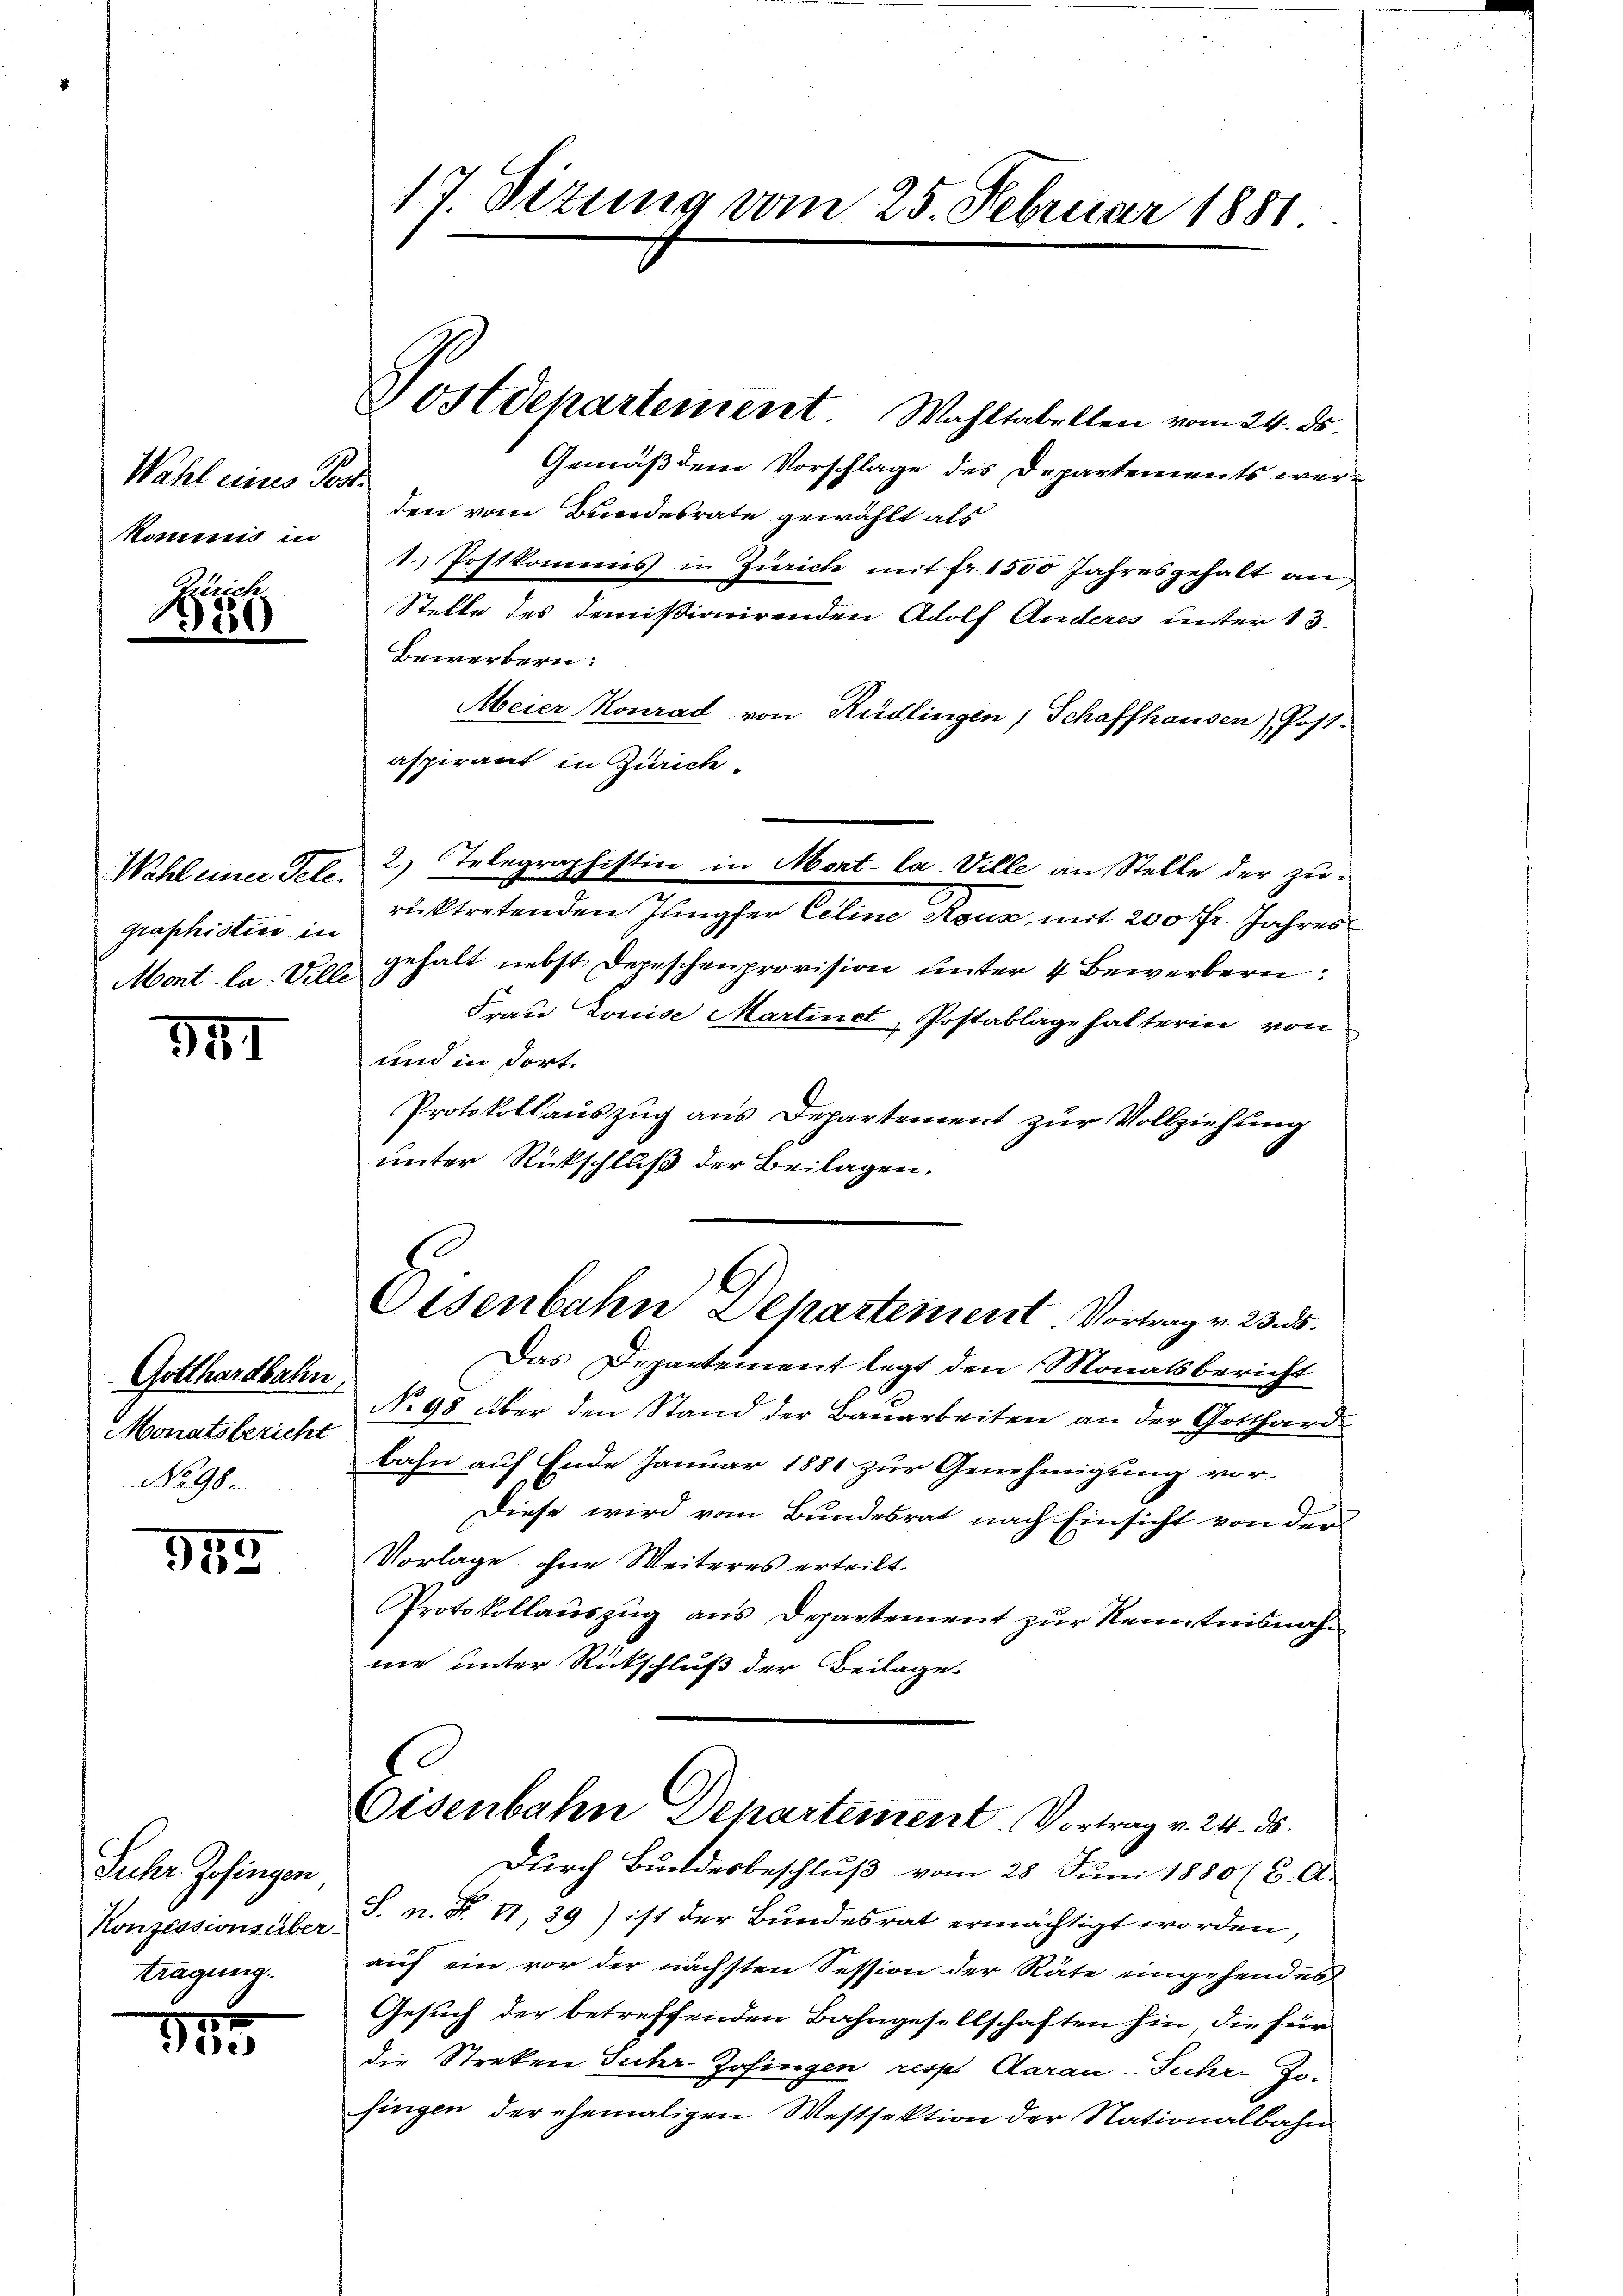
Wahl eines Post
kommnis in

Wehl einer Tele.
graphistice in
Mont la Ville

341

Gotthardbahn
Monatsbericht
No 98.

185

Juhr Zofingen
Konzessionsüber-
tragung.

145

17 Sizung vom 25. Februar 1881.

& Ostdepartement Wahltabellen vom 24. ds
Gemäß dem Vorschlage des Departements werden vom Bundesrate gewählt als
1. Postkommes in Zürich mit fr. 1500 Jahresgehalt an
Stelle des demissionirenden Adolf Anderes unter 13.
Bewerbern:
Meier Konrad von Rüdlingen, Schaffhausen), Post-
aspirant in Zürich.
rücktretenden Jungfer Celine Rous, mit 200 fr. Jahres
gehalt nebst Depeschenprovision unter 4 Bewerbern
Frau Louise Martinet, Postablage halterin von
und in dort.
Protokollauszug aus Departement zur Vollziehung
unter Rückschluß der Beilagen.
Osenbahn Departement Vortrag v. 23. d.
Das Departement legt den Monatsbericht
No 98 über den Stand der Bauarbeiten an der Gotthard
bahn auf Ende Januar 1881 zur Genehmigung vor-
Diese wird vom Bundesrat nach Einsicht von der
Vorlage, ohne Weiteres erteilt.
Protokollauszug aus Departement zur Kenntnisnahm
ne unter Rückschluß der Beilages
Eisenbahn Departement. Vortrag v. 24. ds.
Durch Bundesbeschluß vom 25. Juni 1880 (C. A.
S. n. F. II,39) ist der Bundesrat ermächtigt worden,
auf ein vor der nächsten Session der Räte eingehendes
Gesuch der betreffenden Bahngesellschaften hin die für
die Streken Fuhr Zofingen resp. Aarau-Juhr-Jo-
fingen der ehemaligen Westsektion der Nationalbahn

2. Telegraphistin in Mont-la-Ville an Stelle der zu¬